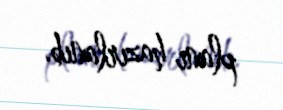
planı hazırlanıb.